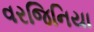
વરજિનિયા